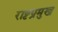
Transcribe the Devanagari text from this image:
राष्टप्रमुख